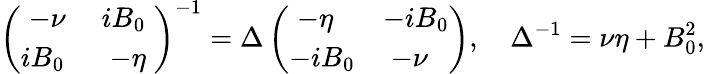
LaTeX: \left(\begin{array}{ll}{\; -\nu\; }&{iB_{0}}\\ {iB_{0}}&{\; -\eta\; }\end{array}\right)^{-1}=\Delta\left(\begin{array}{ll}{\; -\eta\; }&{-iB_{0}}\\ {-iB_{0}}&{\; -\nu\; }\end{array}\right),\quad\Delta^{-1}=\nu\eta+B_{0}^{2},